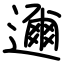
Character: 邇